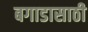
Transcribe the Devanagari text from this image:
बगाडासाठी